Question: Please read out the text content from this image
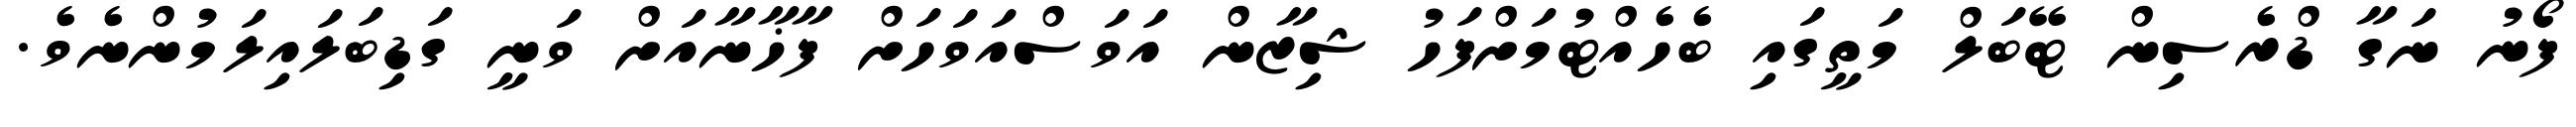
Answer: ފޯނު ނަގާ ޑްރެސިން ޓޭބަލް މަތީގައި ބެހެއްޓުމަށްފަހު ޝިޒާން އަވަސްއަވަހަށް ފާޚާނާއަށް ވަނީ ގަޑިބަލައިލަމުންނެވެ.